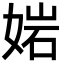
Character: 㛧